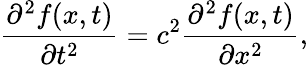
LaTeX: \frac{\partial^{2}f(x,t)}{\partial t^{2}}=c^{2}\frac{\partial^{2}f(x,t)}{\partial x^{2}},